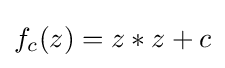
f_{c}(z)=z*z+c